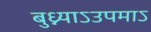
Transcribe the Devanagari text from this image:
बुध्न्याऽउपमाऽ